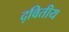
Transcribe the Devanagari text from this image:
द्‌वितीय